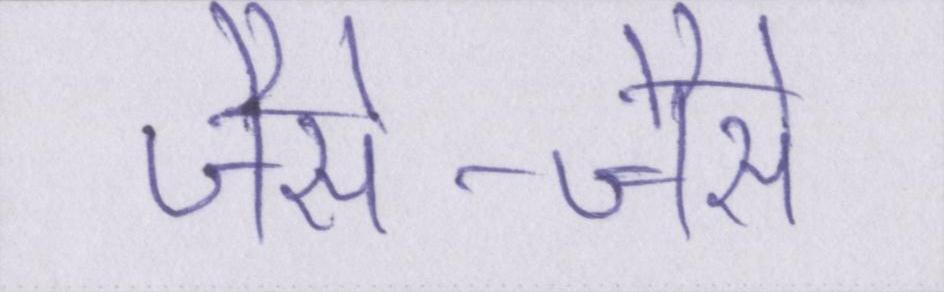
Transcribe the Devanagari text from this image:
जैसे-जैसे